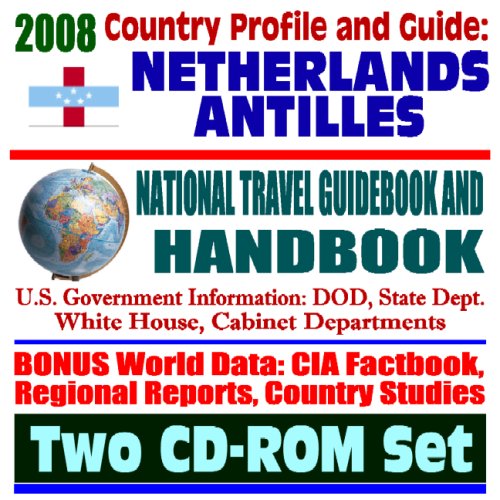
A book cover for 2008 Country Profile and Guide to Netherlands Antilles and Curacao- National Travel Guidebook and Handbook - Screwworms, Coral Reef, Caribbean Basin Initiative (Two CD-ROM Set); U.S. Government; Travel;